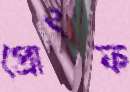
প্রোৎফ